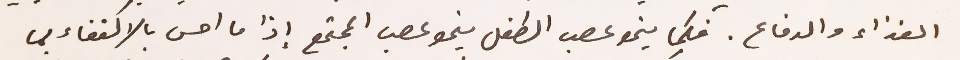
الغذاء والدفاع. فكما ينمو عصب الطفل ينمو عصب المجتمع إذا ما احس بالاكتفاء مما